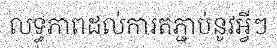
លទ្ធភាពដល់ការតភ្ជាប់នូវអ្វីៗ